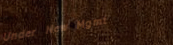
Under New Mgmt